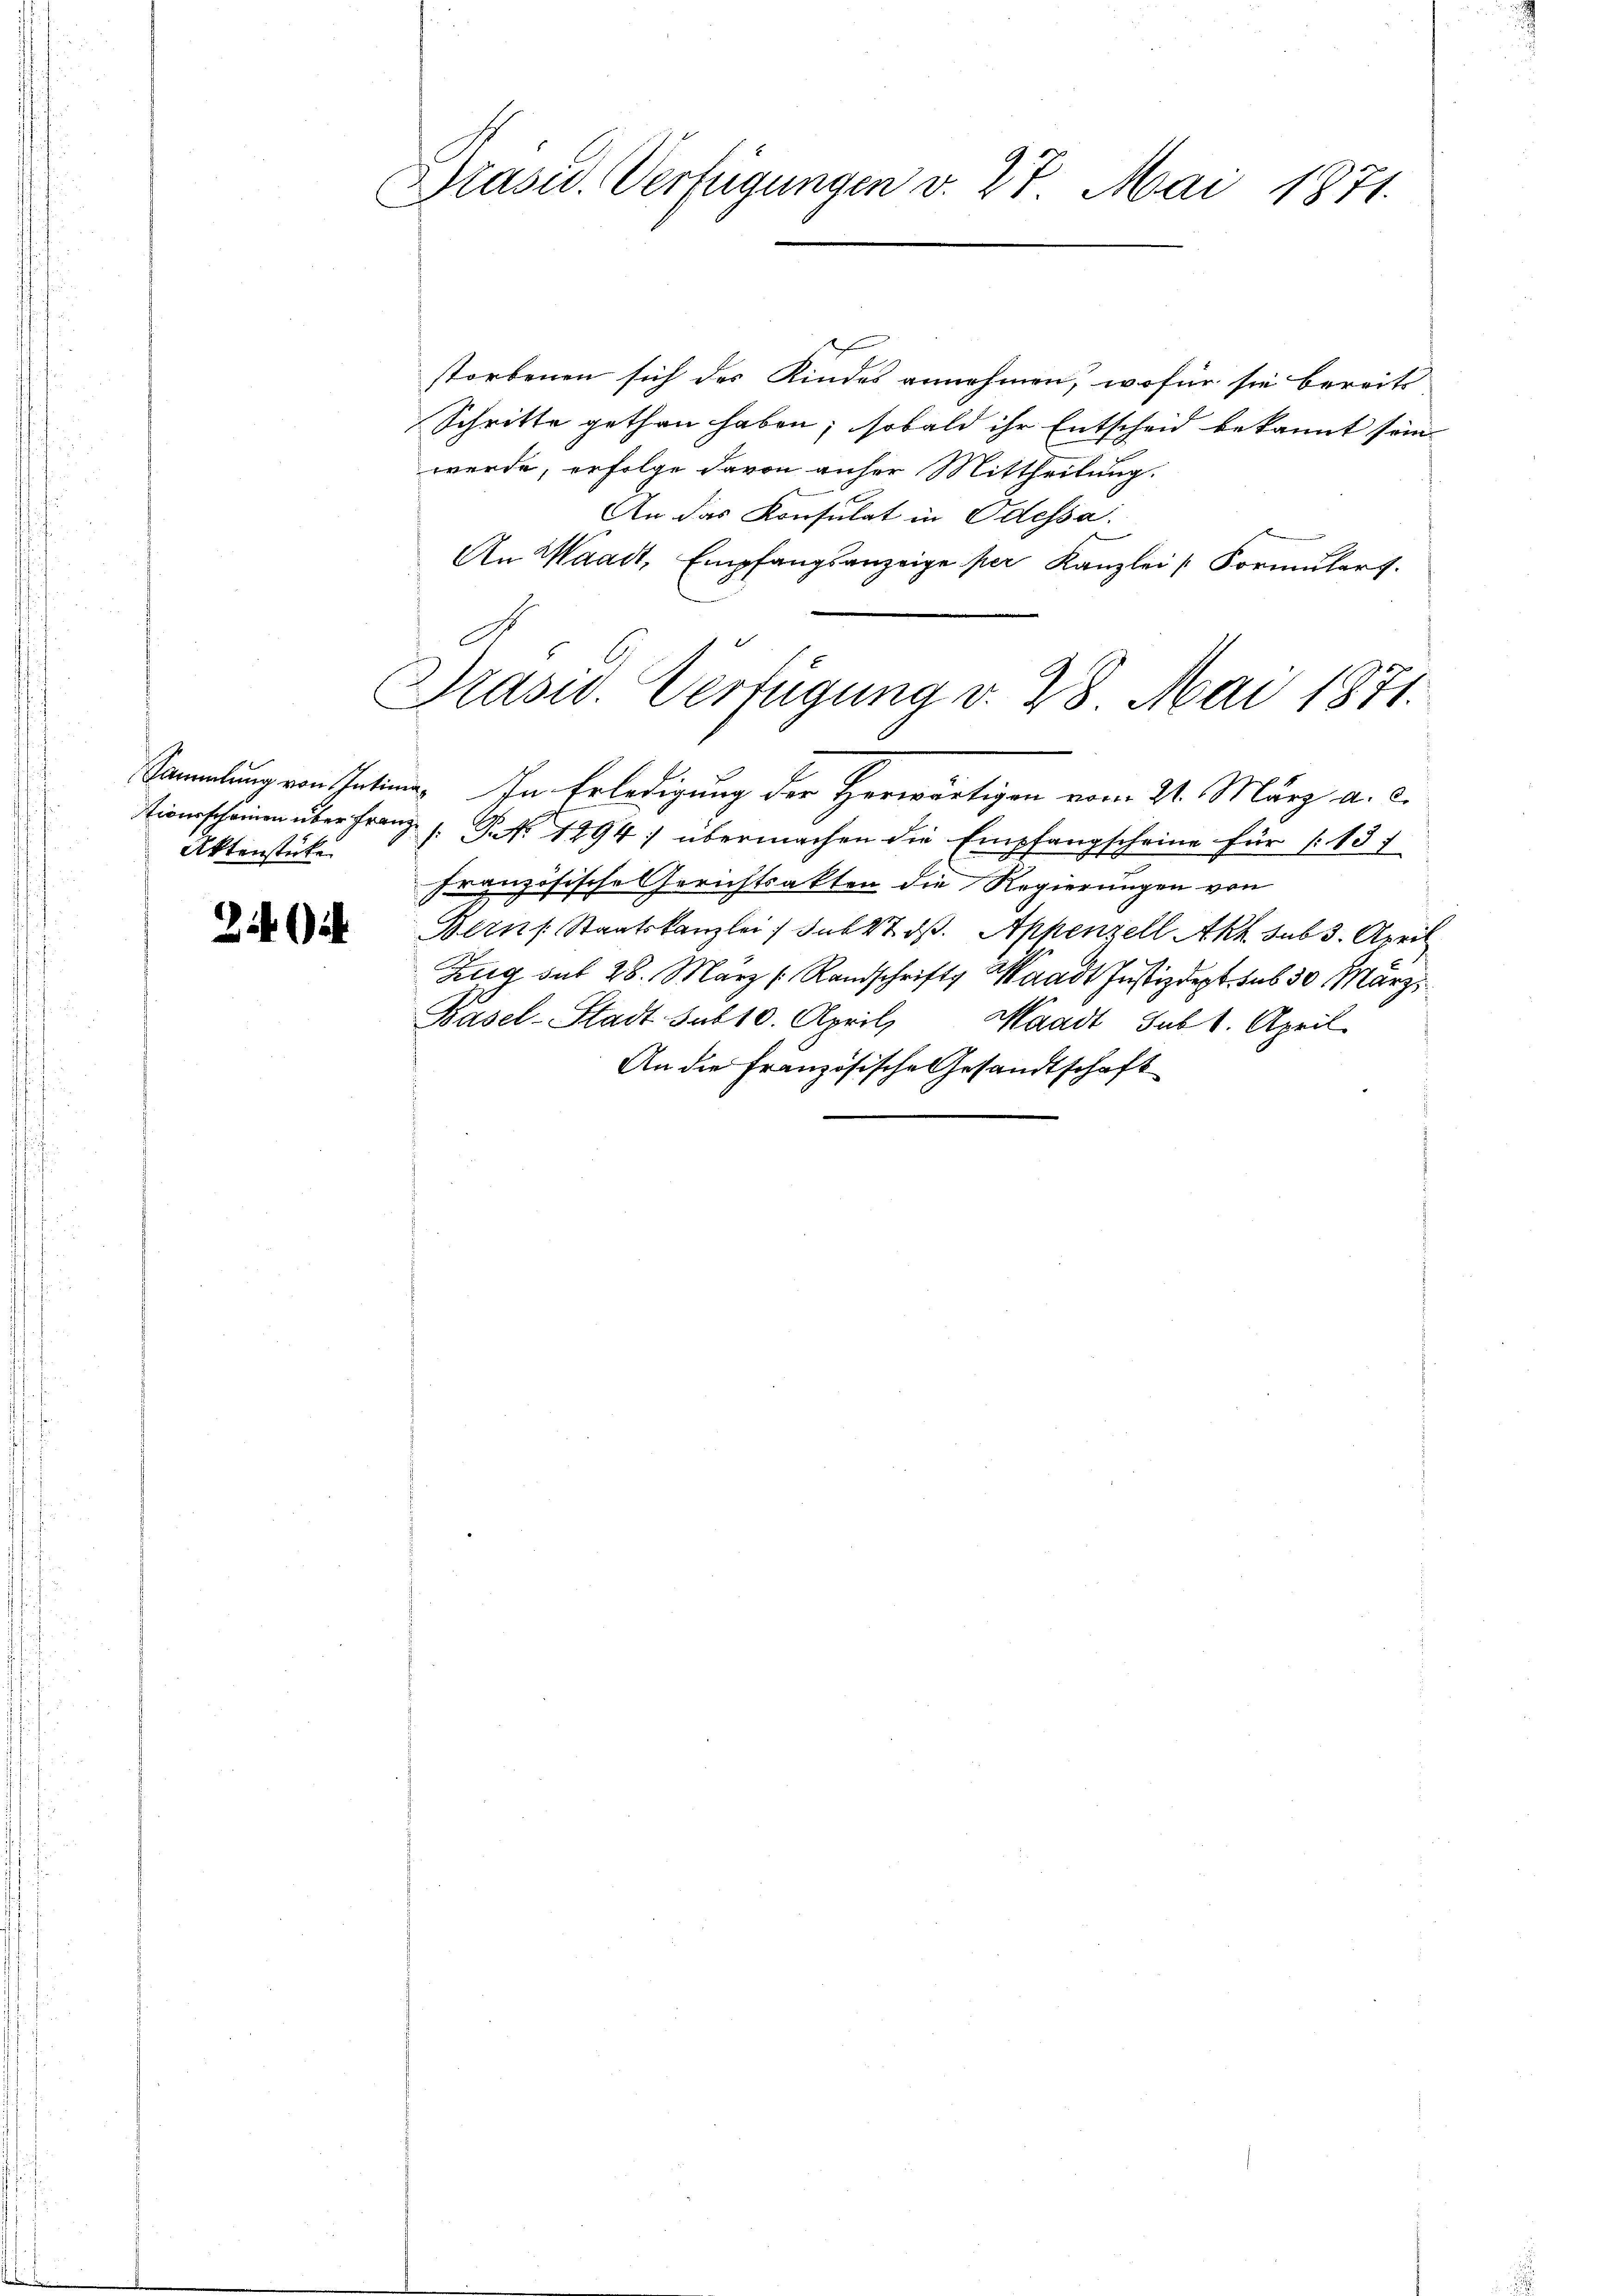
Aktenstücke

2 i

Präsid. Verfügungen v. 27. Mai 1871.

storbenen sich des Kindes annehmen, wofür sie bereits
Schritte gethan haben; sobald ihr Entscheid bekannt som
werde, erfolge davon anher Mittheilung.
An das Konsulat in Odessa.
An Waadt, Empfangsanzeige per Kanzlei Formŭlars.
Sammlung von Intime. In Erledigung der Herwärtigen vom 21. März a. c.
tionsscheinen über Franz . P. Nr. 1894 übermachen die Empfangscheine für 137
Französische Gerichtsakten die Regierungen von
Berns Staatskanzlei, sub 27. ds. Appenzell Akt sub 3. April
Zug sub 28. März /: Randschrift Waadt Justizdept. sub 30 März
Basel-Stadt sub 10. April, Waadt Subt. April
An die Französische Gesandtschaft

Präsid. Verfügung v. 28. Mai 1871.